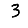
Digit: 3